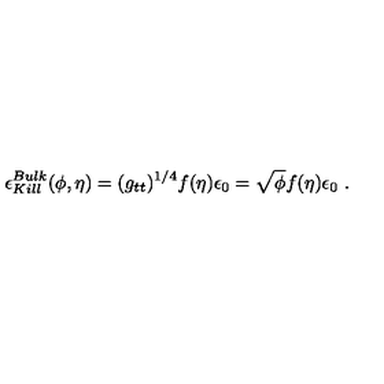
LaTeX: \epsilon _ { K i l l } ^ { B u l k } ( \phi , \eta ) = ( g _ { t t } ) ^ { 1 / 4 } f ( \eta ) \epsilon _ { 0 } = \sqrt { \phi } f ( \eta ) \epsilon _ { 0 } \ .